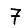
Digit: 7